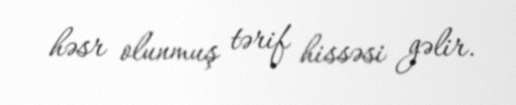
həsr olunmuş tərif hissəsi gəlir.